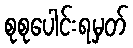
စုစုပေါင်းရမှတ်